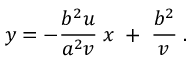
\ y = - { \frac { b ^ { 2 } u } { a ^ { 2 } v } } \; x \; + \; { \frac { b ^ { 2 } } { v } } \; .